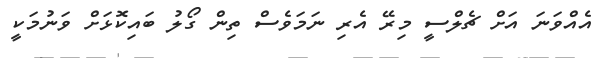
އެއްވަނަ އަށް ޗެލްސީ މިރޭ އެރި ނަމަވެސް ތިން ގޯލު ބައިކޮޅަށް ވަނުމަކީ